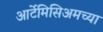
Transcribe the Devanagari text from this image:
आर्टेमिसिअमच्या